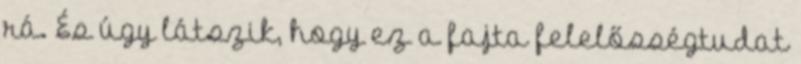
rá. És úgy látszik, hogy ez a fajta felelősségtudat